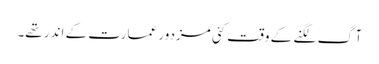
آگ لگنے کے وقت کئی مزدور عمارت کے اندر تھے۔